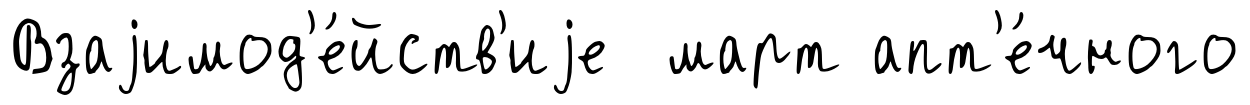
Взаjимод'е́йств'иjе март апт'е́чного